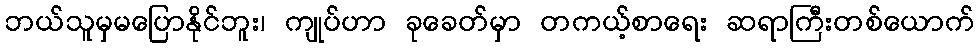
ဘယ်သူမှမပြောနိုင်ဘူး၊ ကျုပ်ဟာ ခုခေတ်မှာ တကယ့်စာရေး ဆရာကြီးတစ်ယောက်